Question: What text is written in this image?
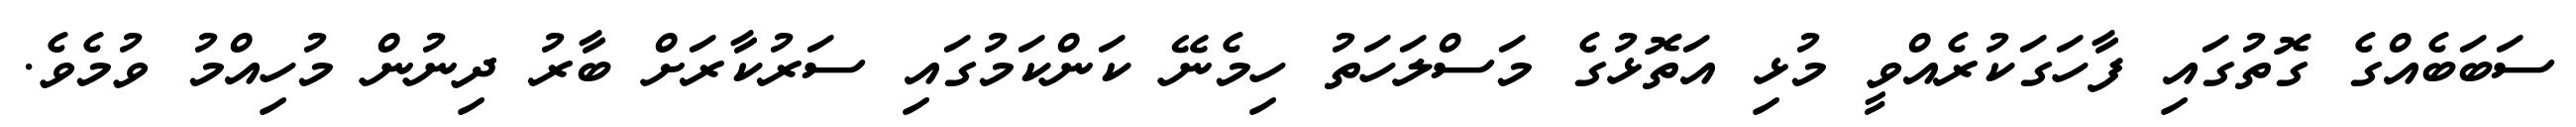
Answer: ސަބަބެއްގެ ގޮތުގައި ފާހަގަކުރެއްވީ މުޅި އަތޮޅުގެ މަސްލަހަތު ހިމެނޭ ކަންކަމުގައި ސަރުކާރަށް ބާރު ދިނުން މުހިއްމު ވުމެވެ.